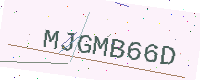
Text: MJGMB66D